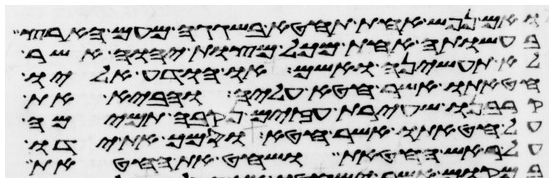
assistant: ואם נפש אחת תחטא בשגגה מעם הארץ
בעשותה אחת מכל מצות יהוה אשר
לא תעשיהן ואשם או הודע אליו
חטאתו אשר חטא עליה והביא את
קרבנו שעירת עזים נקבה תמימה
על חטאתו אשר חטא וסמך את ידו
על ראש החטאת ושחט את החטאת